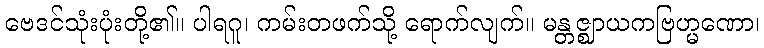
ဗေဒင်သုံးပုံးတို့၏။ ပါရဂူ၊ ကမ်းတဖက်သို့ ရောက်လျက်။ မန္တဇ္ဈာယကဗြဟ္မဏော၊